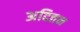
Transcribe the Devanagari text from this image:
अदित्तन